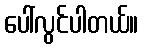
ပေါ်လွင်ပါတယ်။